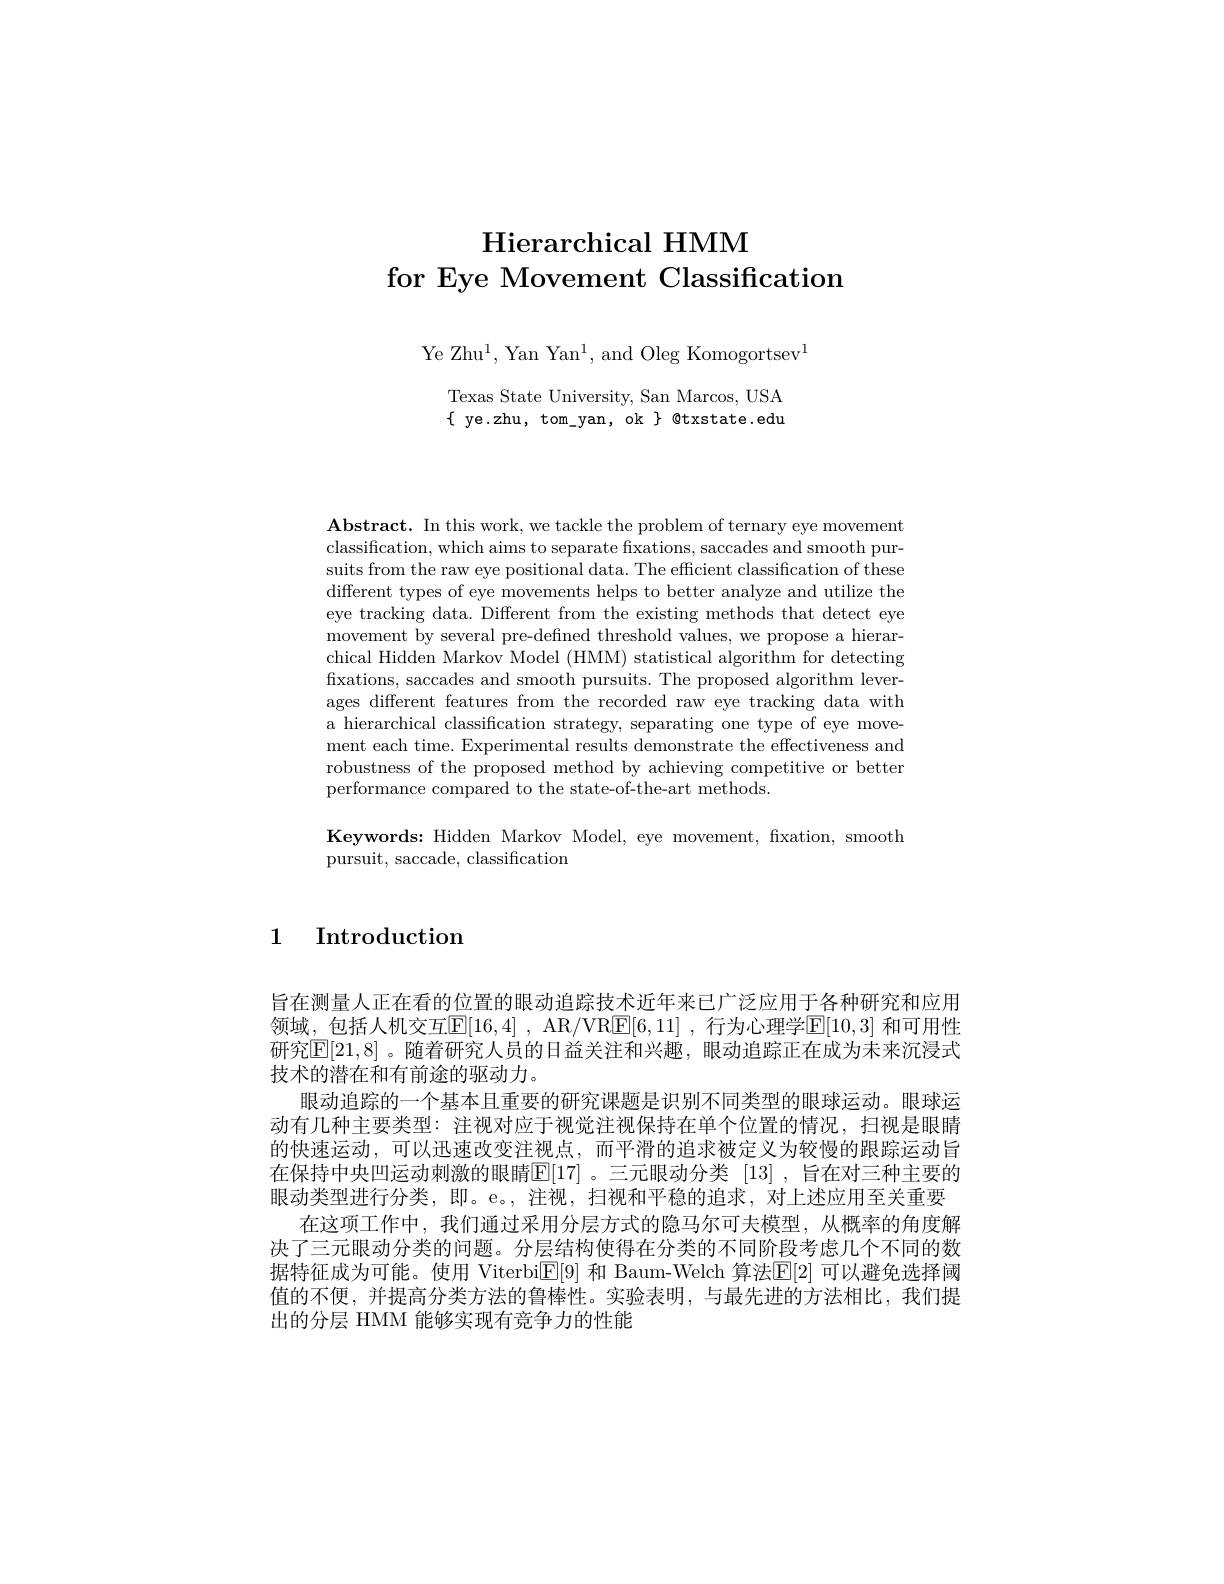
# Hierarchical HMM for Eye Movement Classification

Ye Zhu$^1$, Yan Yan$^1$, and Oleg Komogortsev$^1$

Texas State University, San Marcos, USA $\{$ye.zhu, tom\_yan, ok $\}$ @txstate.edu

$\mathbf{Abstract.~In~this~work,~we~tackle~the~problem~of~ternary~eye~movement}$ classification, which aims to separate fixations, saccades and smooth pursuits from the raw eye positional data. The efficient classification of these different types of eye movements helps to better analyze and utilize the eye tracking data. Different from the existing methods that detect eye movement by several pre-defined threshold values, we propose a hierarchical Hidden Markov Model (HMM) statistical algorithm for detecting fixations, saccades and smooth pursuits. The proposed algorithm leverages different features from the recorded raw eye tracking data with a hierarchical classification strategy, separating one type of eye movement each time. Experimental results demonstrate the effectiveness and robustness of the proposed method by achieving competitive or better performance compared to the state-of-the-art methods.

Keywords: Hidden Markov Model, eye movement, fxation, smooth
pursuit, saccade, classification

1 Introduction

旨在测量人正在看的位置的眼动追踪技术近年来已广泛应用于各种研究和应用领域，包括人机交互$\underline {\mathrm{E} }[ 16, 4]$ , AR/VR$\underline {\mathrm{E} }[ 6, 11]$ ,行为心理学$\underline{\mathrm{E}}[10,3]$ 和可用性研究$\boxed{\mathrm{E}}[21,8]$。随着研究人员的日益关注和兴趣，眼动追踪正在成为未来沉浸式技术的潜在和有前途的驱动力。
眼动追踪的一个基本且重要的研究课题是识别不同类型的眼球运动。眼球运动有几种主要类型：注视对应于视觉注视保持在单个位置的情况，扫视是眼睛的快速运动，可以迅速改变注视点，而平滑的追求被定义为较慢的跟踪运动旨在保持中央凹运动刺激的眼睛$\mathbb{E}[17]$ 。三元眼动分类 [13] ,旨在对三种主要的眼动类型进行分类，即。e。,注视，扫视和平稳的追求，对上述应用至关重要
在这项工作中，我们通过采用分层方式的隐马尔可夫模型，从概率的角度解决了三元眼动分类的问题。分层结构使得在分类的不同阶段考虑几个不同的数据特征成为可能。使用 Viterbi$\boxed{\mathbb{E}}[9]$ 和 Baum-Welch 算法$\boxed{\mathbb{E}}[2]$ 可以避免选择阈值的不便，并提高分类方法的鲁棒性。实验表明，与最先进的方法相比，我们提出的分层 HMM 能够实现有竞争力的性能